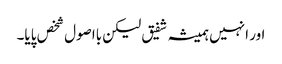
اور انہیں ہمیشہ شفیق لیکن بااصول شخص پایا۔